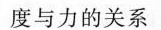
度与力的关系